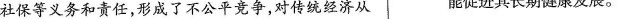
社保等义务和责任，形成了不公平竞争，对传统经济从 能促进其长期健康发展。